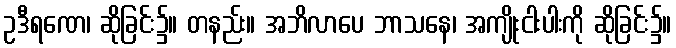
ဥဒီရဏေ၊ ဆိုခြင်း၌။ တနည်း။ အဘိလာပေ ဘာသနေ၊ အကျိုးငါးပါးကို ဆိုခြင်း၌။